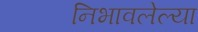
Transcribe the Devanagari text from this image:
निभावलेल्या